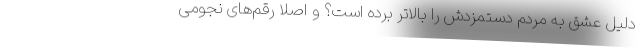
دلیل عشق به مردم دستمزدش را بالاتر برده است؟ و اصلاً رقم‌های نجومی